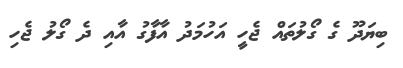
ބިޔަދޫ ގެ ގޯލުތައް ޖެހީ އަހުމަދު އާފާގު އާއި ދެ ގޯލު ޖެހި